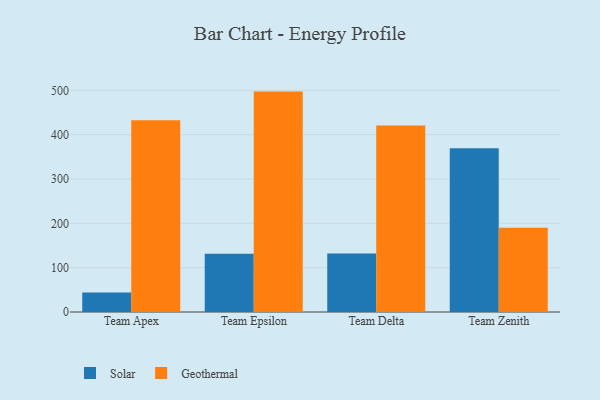
{"axis": {"x": "Team", "y": "Gross Profit (USD K)"}, "legend": ["Geothermal", "Solar"], "data": [{"x": "Team Apex", "y": 44.0, "type": "Solar"}, {"x": "Team Apex", "y": 432.8, "type": "Geothermal"}, {"x": "Team Epsilon", "y": 131.6, "type": "Solar"}, {"x": "Team Epsilon", "y": 497.2, "type": "Geothermal"}, {"x": "Team Delta", "y": 132.1, "type": "Solar"}, {"x": "Team Delta", "y": 421.0, "type": "Geothermal"}, {"x": "Team Zenith", "y": 369.6, "type": "Solar"}, {"x": "Team Zenith", "y": 190.1, "type": "Geothermal"}]}